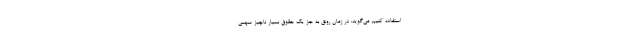
استفاده کنیم، می‌گوید: در زمان رونق به جز یک حقوق بسیار ناچیز سهمی